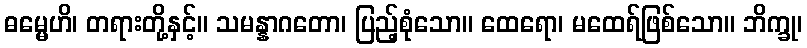
ဓမ္မေဟိ၊ တရားတို့နှင့်။ သမန္နာဂတော၊ ပြည့်စုံသော။ ထေရော၊ မထေရ်ဖြစ်သော။ ဘိက္ခု၊